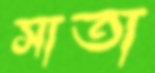
সাতা